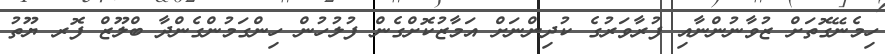
ހިމެނޭގޮތަށް ޒުވާނުންނާއި ފުރާވަރުގެ ކުދިންނަށް އަމާޒުކޮށްގެން ފުލުހުން ހިންގަމުންގެންދާ ބްލޫޒް ފޮރ ޔޫތު